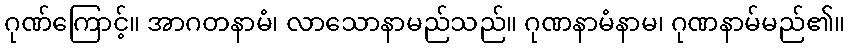
ဂုဏ်ကြောင့်။ အာဂတနာမံ၊ လာသောနာမည်သည်။ ဂုဏနာမံနာမ၊ ဂုဏနာမ်မည်၏။